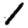
Digit: 1